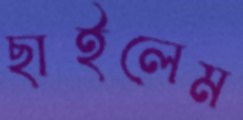
ছাইলেম